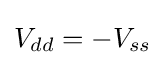
V_{dd}=-V_{ss}